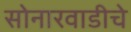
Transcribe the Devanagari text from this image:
सोनारवाडीचे